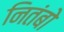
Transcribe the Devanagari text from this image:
नितंबो